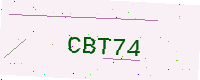
Text: CBT74